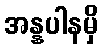
အန္နပါနမှိ